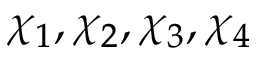
\chi _ { 1 } , \chi _ { 2 } , \chi _ { 3 } , \chi _ { 4 }